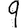
Digit: 9